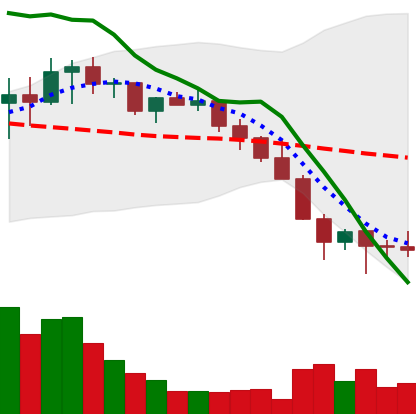
Ticker: LINK-USD
Chart end date: 2022-01-26
Forward return: 12.9%
Label: up_7plus